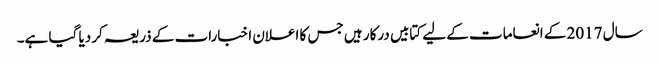
سال 2017 کے انعامات کے لیے کتابیں درکار ہیں جس کا اعلان اخبارات کے ذریعہ کر دیا گیا ہے۔